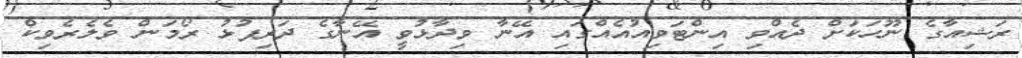
ރަޝިއާގެ ނޫހަކަށް ދެއްވި އިންޓަވިއުއެއްގައި އޭނާ ވިދާޅުވީ އޭނާގެ ދަރިފުޅު ރޯމަން ވެލެރެވިކް